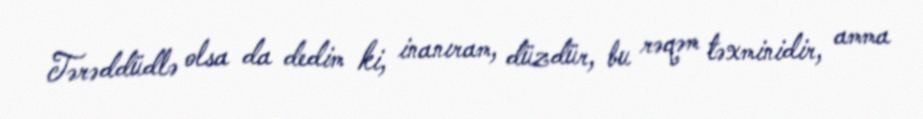
Tərəddüdlə olsa da dedim ki, inanıram, düzdür, bu rəqəm təxminidir, amma